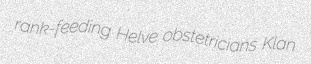
rank-feeding Helve obstetricians Klan